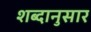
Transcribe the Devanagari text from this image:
शब्दानुसार